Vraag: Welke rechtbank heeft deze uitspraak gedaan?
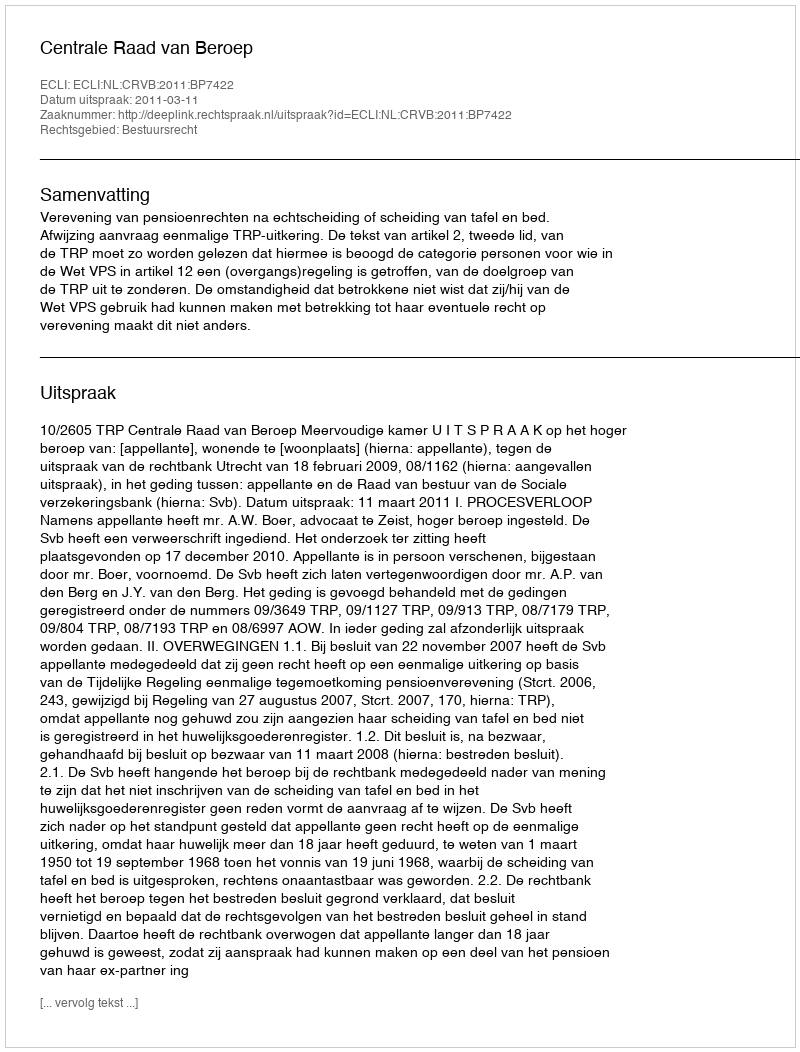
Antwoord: Centrale Raad van Beroep